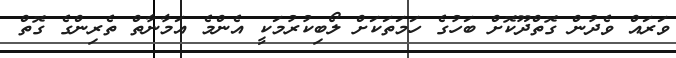
ވަރައް ވެދުން ގޮތްދޫކޮށް ބަހުގެ ހަމަތަކަށް ލޯބިކުރުމަކީ އެންމެ އަމާނާތް ތެރިންގެ ގޮތް